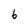
Character: 6